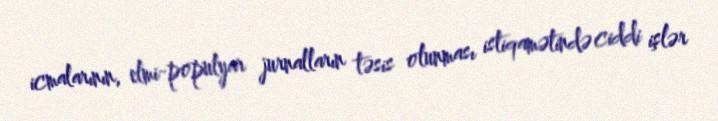
icmalarının, elmi-populyar jurnalların təsis olunması istiqamətində ciddi işlər